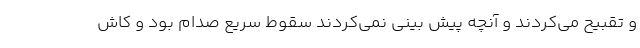
و تقبیح می‌کردند و آنچه پیش بینی نمی‌کردند سقوط سریع صدام بود و کاش